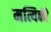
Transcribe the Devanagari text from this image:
मत्यिकी